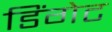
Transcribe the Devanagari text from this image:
डिंगेट